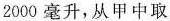
2000毫升，从甲中取